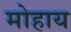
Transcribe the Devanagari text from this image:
मोहाय